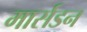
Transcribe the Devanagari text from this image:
मार्सडन